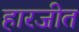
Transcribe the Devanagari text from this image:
हारजीत